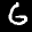
Label: 6